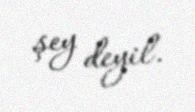
şey deyil.